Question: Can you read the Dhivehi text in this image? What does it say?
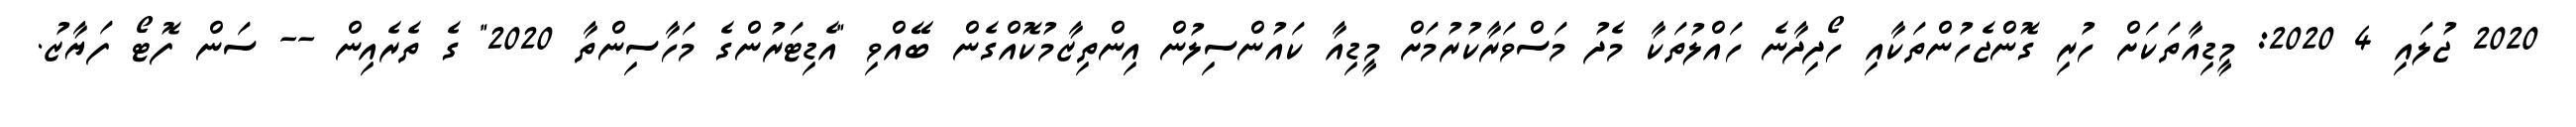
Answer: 2020 ޖުލައި 4 2020: މީޑިއާތަކަށް ހުރި ގޮންޖެހުންތަކާއި ހޯދިދާނެ ހައްލުތަކާ މެދު މަސްވަރާކުރުމަށް މީޑިއާ ކައުންސިލުން އިންތިޒާމުކޮއްގެން ބޭއްވި "އެޑިޓަރުންގެ މަހާސިންތާ 2020" ގެ ތެރެއިން -- ސަން ފޮޓޯ ފަޔާޒު.